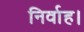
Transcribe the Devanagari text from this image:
निर्वाह।